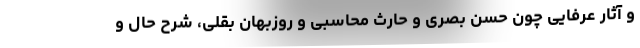
و آثار عرفایی چون حسن بصری و حارث محاسبی و روزبهان بقلی، شرح حال و